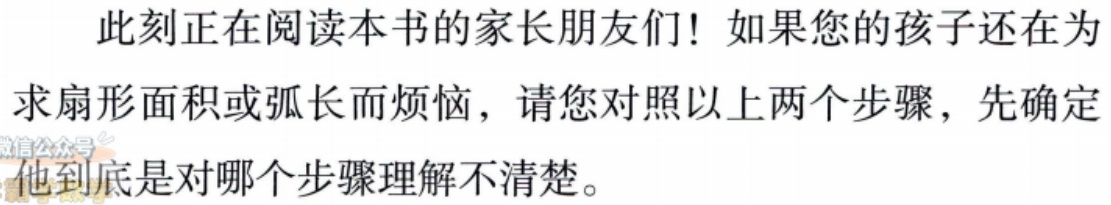
此刻正在阅读本书的家长朋友们！如果您的孩子还在为求扇形面积或弧长而烦恼，请您对照以上两个步骤，先确定他到底是对哪个步骤理解不清楚。